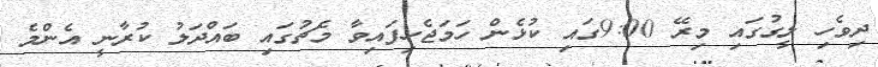
ދިވެހި ލީގުގައި މިރޭ 9:00ގައި ކުޅެން ހަމަޖެހިފައިވާ މެޗުގައި ބައްދަލު ކުރާނީ އެންމެ